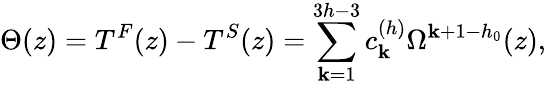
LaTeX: \Theta(z)=T^{F}(z)-T^{S}(z)=\sum_{\mathbf{k}=1}^{3h-3}c_{\mathbf{k}}^{(h)}\Omega^{\mathbf{k}+1-h_{0}}(z),